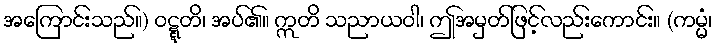
အကြောင်းသည်။) ဝဋ္ဋတိ၊ အပ်၏။ ဣတိ သညာယဝါ၊ ဤအမှတ်ဖြင့်လည်းကောင်း။ (ကမ္မံ၊